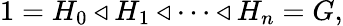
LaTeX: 1=H_{0}\triangleleft H_{1}\triangleleft\cdots\triangleleft H_{n}=G,